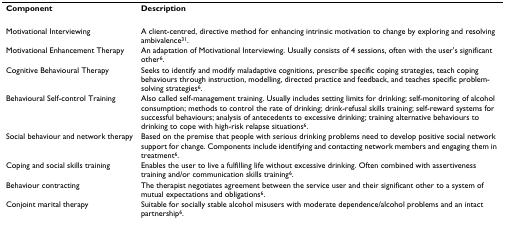
<table><thead><tr><td><b>Component</b></td><td><b>Description</b></td></tr></thead><tbody><tr><td>Motivational Interviewing</td><td>A client-centred, directive method for enhancing intrinsic motivation to change by exploring and resolving ambivalence<sup>31</sup>.</td></tr><tr><td>Motivational Enhancement Therapy</td><td>An adaptation of Motivational Interviewing. Usually consists of 4 sessions, often with the user&#x27;s significant other<sup>6</sup>.</td></tr><tr><td>Cognitive Behavioural Therapy</td><td>Seeks to identify and modify maladaptive cognitions, prescribe specific coping strategies, teach coping behaviours through instruction, modelling, directed practice and feedback, and teaches specific problem-solving strategies<sup>6</sup>.</td></tr><tr><td>Behavioural Self-control Training</td><td>Also called self-management training. Usually includes setting limits for drinking; self-monitoring of alcohol consumption; methods to control the rate of drinking; drink-refusal skills training; self-reward systems for successful behaviours; analysis of antecedents to excessive drinking; training alternative behaviours to drinking to cope with high-risk relapse situations<sup>6</sup>.</td></tr><tr><td>Social behaviour and network therapy</td><td>Based on the premise that people with serious drinking problems need to develop positive social network support for change. Components include identifying and contacting network members and engaging them in treatment<sup>6</sup>.</td></tr><tr><td>Coping and social skills training</td><td>Enables the user to live a fulfilling life without excessive drinking. Often combined with assertiveness training and/or communication skills training<sup>6</sup>.</td></tr><tr><td>Behaviour contracting</td><td>The therapist negotiates agreement between the service user and their significant other to a system of mutual expectations and obligations<sup>6</sup>.</td></tr><tr><td>Conjoint marital therapy</td><td>Suitable for socially stable alcohol misusers with moderate dependence/alcohol problems and an intact partnership<sup>6</sup>.</td></tr></tbody></table>